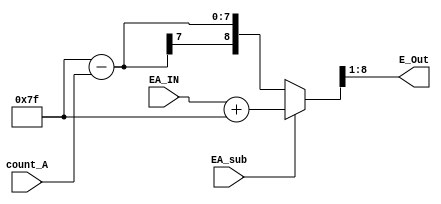
module exponent_sqrt
(
    input  [7:0]      EA_IN,
    input             EA_sub,
    input  [4:0]      count_A,
    output [7:0]      E_Out
);

wire [8:0] temp;

assign temp     = (EA_sub)? (EA_IN + 8'd127) : (8'd127 - count_A);
    
assign E_Out    = temp >> 1'b1;

endmodule //exponent_mul